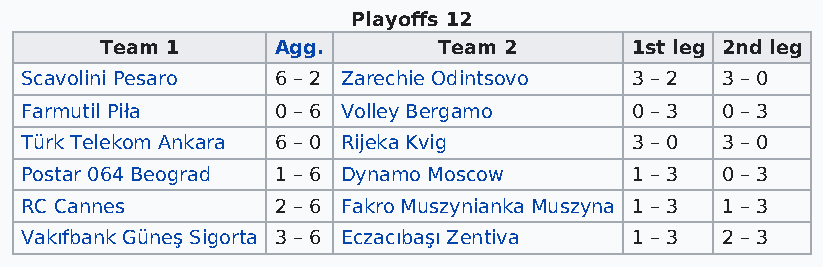
Playoffs 12
 Team 1     Agg.       Team 2       1st leg 2nd leg
 Scavolini Pesaro 6 – 2 Zarechie Odintsovo 3 – 2 3 – 0
 Farmutil Piła    0 – 6 Volley Bergamo    0 – 3 0 – 3
 Türk Telekom Ankara 6 – 0 Rijeka Kvig    3 – 0 3 – 0
 Postar 064 Beograd 1 – 6 Dynamo Moscow   1 – 3 0 – 3
 RC Cannes        2 – 6 Fakro Muszynianka Muszyna 1 – 3 1 – 3
 Vakıfbank Güneş Sigorta 3 – 6 Eczacıbaşı Zentiva 1 – 3 2 – 3